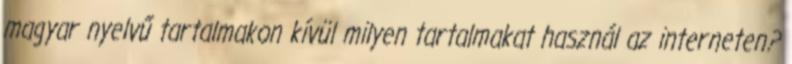
magyar nyelvű tartalmakon kívül milyen tartalmakat használ az interneten?